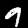
Digit: 9